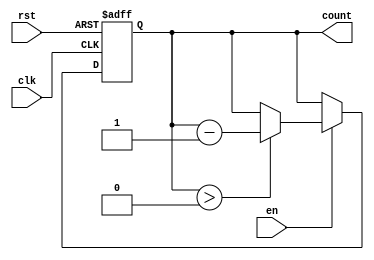
module decremental_counter #(
    parameter BIT_WIDTH = 4,         // Bit width of the counter
    parameter MAX_COUNT = 15          // Maximum count value (2^BIT_WIDTH - 1)
)(
    input wire clk,                   // Clock signal
    input wire rst,                   // Asynchronous reset signal
    input wire en,                    // Enable signal
    output reg [BIT_WIDTH-1:0] count  // Current count value
);

    // Asynchronous reset logic
    always @(posedge clk or posedge rst) begin
        if (rst) begin
            count <= MAX_COUNT;        // Reset to maximum count value
        end else if (en) begin
            if (count > 0) begin
                count <= count - 1;    // Decrement the counter
            end
            // If count is 0, it will hold the value (no underflow)
        end
    end

endmodule